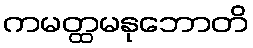
ကမတ္ထမနုဘောတိ